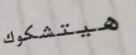
هيتشكوك